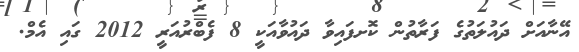
އޭނާއަށް ދައުލަތުގެ ފަރާތުން ކޮށފައިވާ ދައުވާއަކީ 8 ފެބްރުއަރީ 2012 ގައި އެމް.